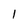
Character: 1